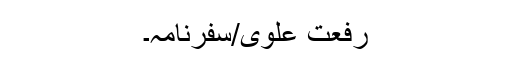
رفعت علوی/سفرنامہ۔